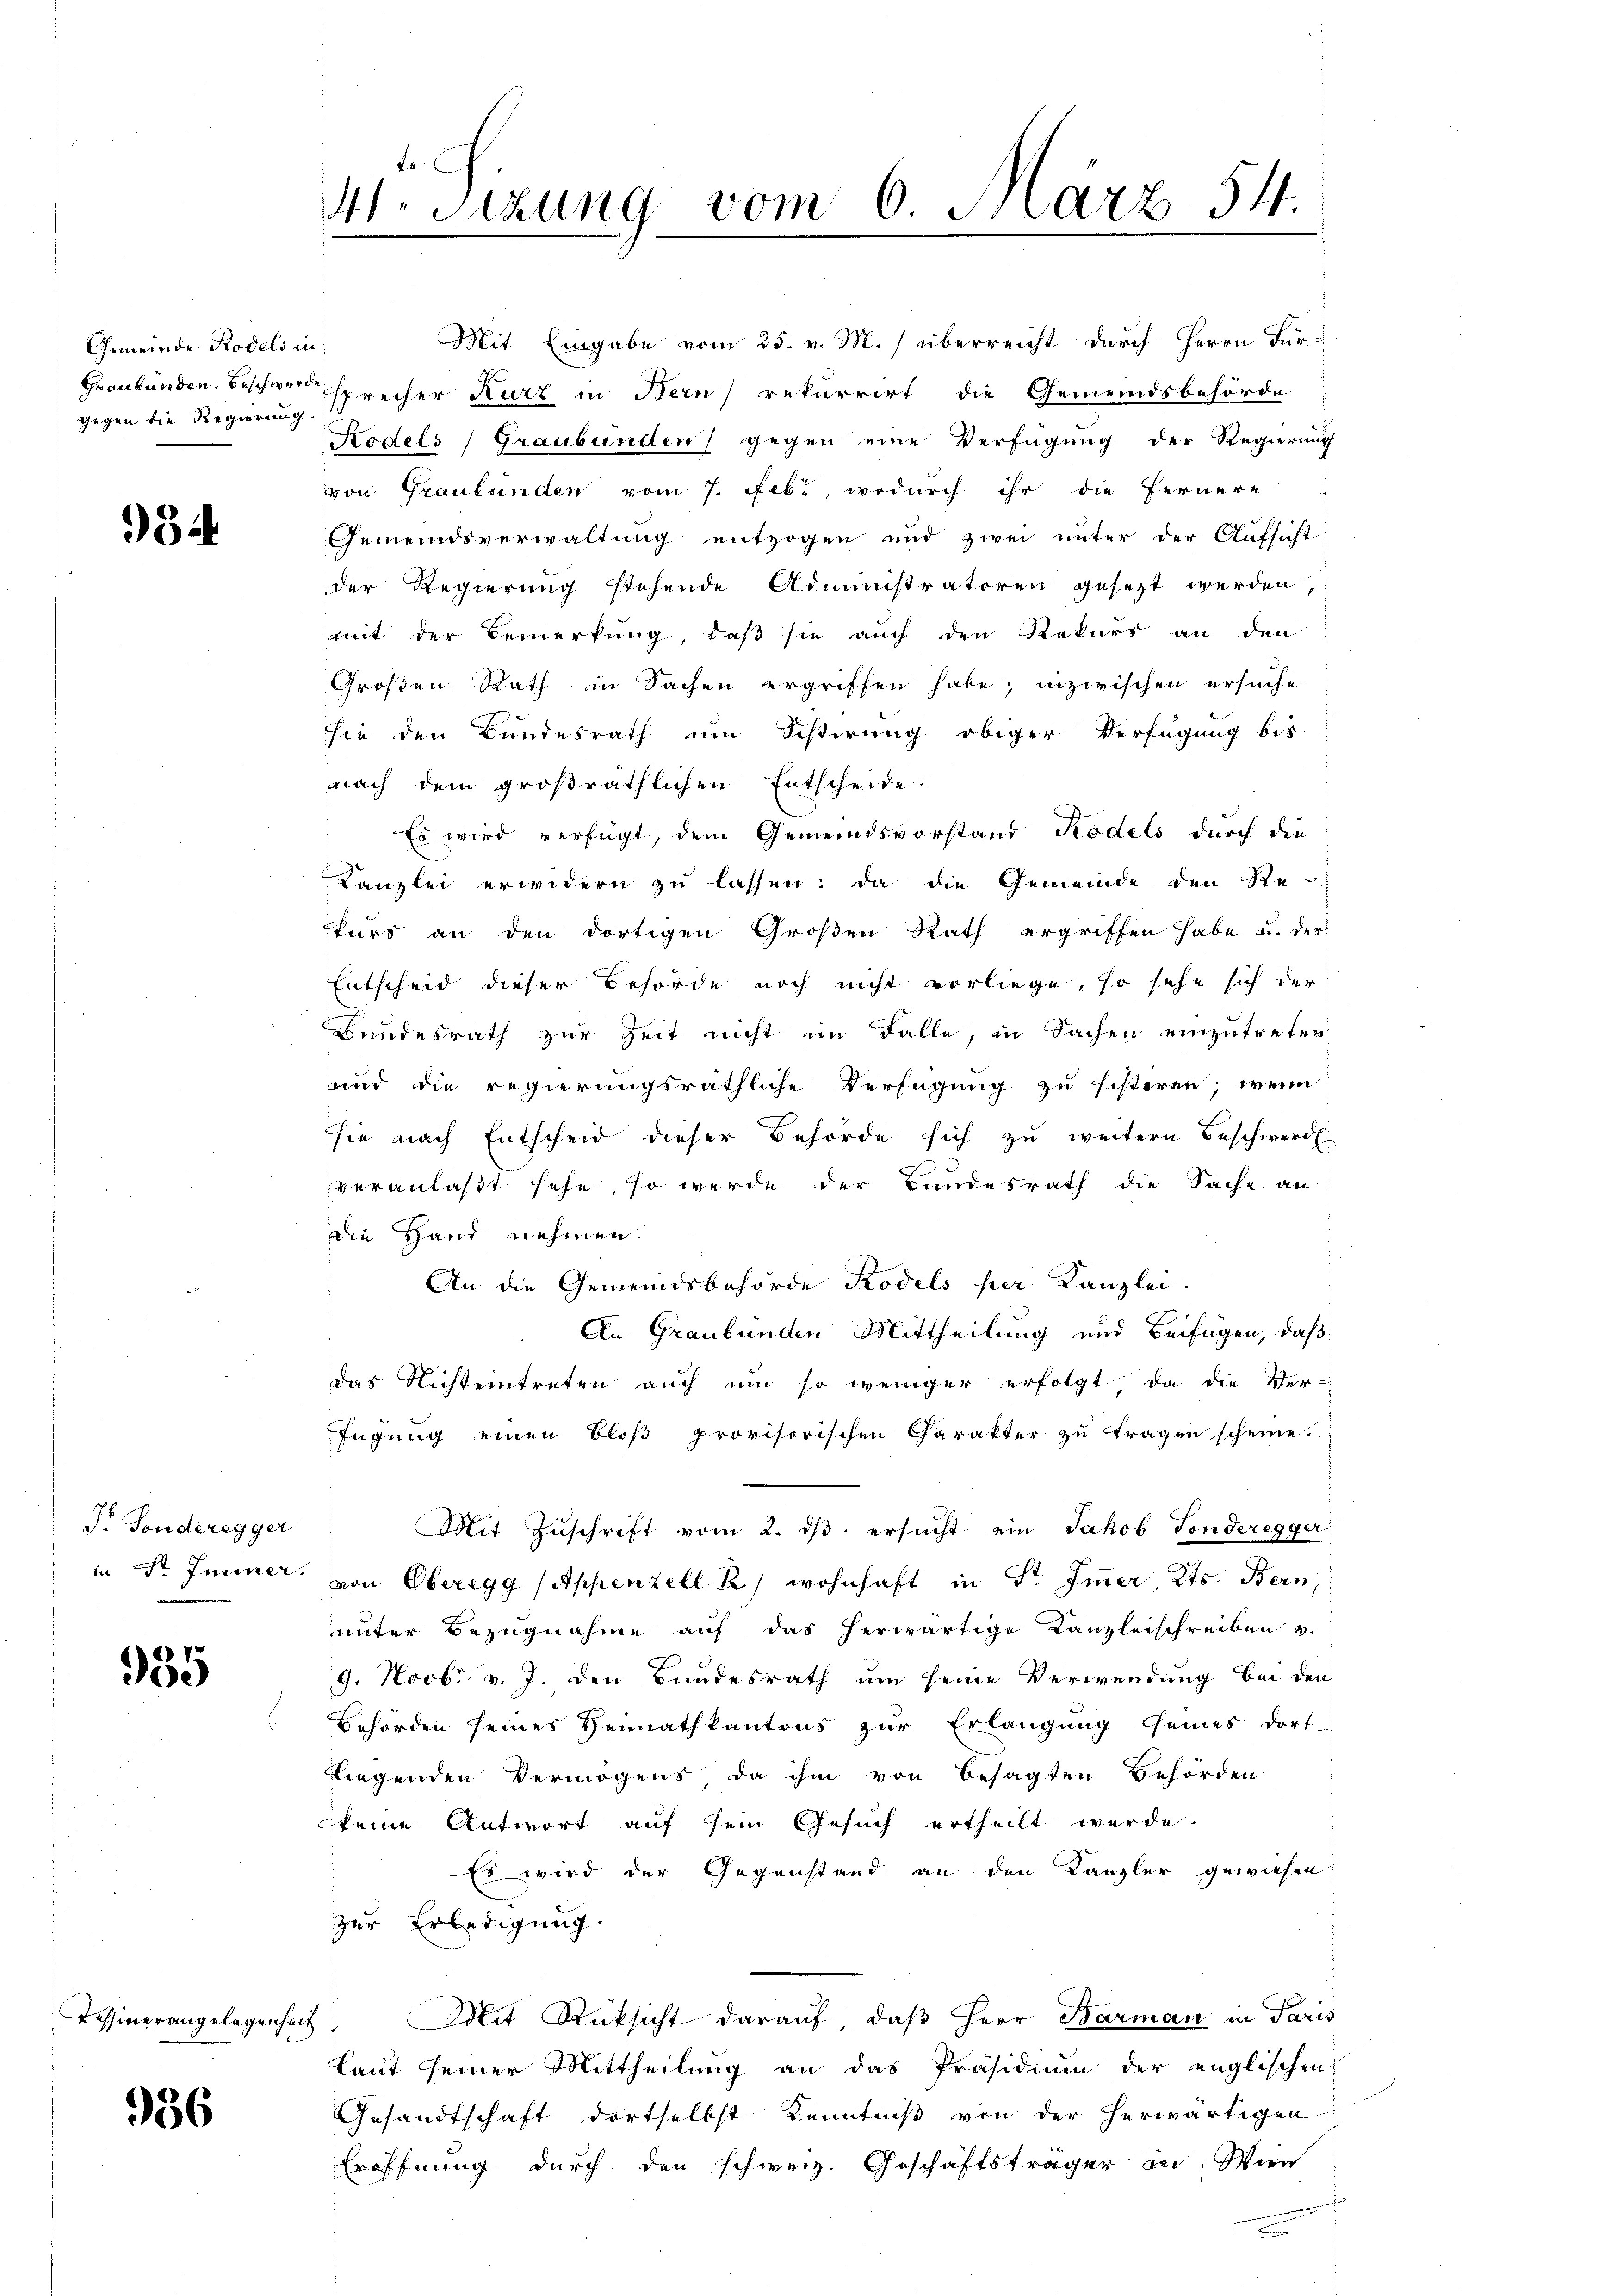
Gemeinde Rodels in
gegen die Regierung.

Fr Sonderegger

935

Kessiverangelegenheit

936

K.M.
4. Sitzung vom 6. März 54.

Mit Eingabe vom 25. v. M. überreicht durch Herrn Für¬
Graubünden. Beschwere sprecher Kurz in Bern rekurrirt die Gemeindsbehörde
Kodels / Graubünden gegen eine Verfügung der Regierung
von Graubünden vom 7. Febr., wodurch ihr die Fernere
Gemeindsverwaltung entzogen und zwei unter der Aufsicht
der Regierung stehende Administratoren gesezt werden,
mit der Bemerkung, daß sie auch den Rekurs an den
Großen Rath in Sachen ergriffen habe; inzwischen ersuche
sie den Bundesrath um Schirung obiger Verfügung bis
nach dem großräthlichen Entscheide.
Es wird verfügt, dem Gemeindsvorstand Rodels durch die
Kanzlei erwidern zu lassen: da die Gemeinde den Re-
kurs an den dortigen Großen Rath ergriffen habe u. der
Entscheid dieser Behörde noch nicht vorliege, so sehe sich der
Bundesrath zur Zeit nicht im Falle, in Sachen einzutreten
und die regierungsräthliche Verfügung zu sisteren, wenn
sie nach Entscheid dieser Behörde sich zu weitern Beschwerde.
veranlaßt sehe, so werde der Bundesrath die Sache an
die Hand nehmen.
An die Gemeindsbehörde Rodels her Kanzlei.
An Graubünden Mittheilung und Beifügen, daß
das Nichteintreten auch um so weniger erfolgt, da die Ver-
fügung einen Bloß provisorischen Charakter zu tragen scheine.
Mit Zŭschrift vom 2. dβ ersŭcht ein Jakob Fonderegger
in St. Jenner, von Oberegg (Appenzell R) wohnhaft in Str. Immer, Kts. Bern,
unter Bezugnahme auf das herwärtige Kanzleischreiben v.
9. Novbr v. J. den Bundesrath um seine Verwendung bei den
Behörden seines Heimathkantons zur Erlangung seines dort
liegenden Vermögens da ihm von besagten Behörden
keine Antwort auf sein Gesuch ertheilt werde.
Es wird der Gegenstand an den Kanzler gewiesen:
zur Erledigung.
Mit Rücksicht darauf, daß Herr Barman in Paris
Laut seiner Mittheilung an das Präsidium der englischen
Gesandtschaft dortselbst Kenntniß von der herwärtigen
Eröffnung durch den schweiz. Geschäftsträger in Win